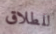
للطلاق